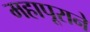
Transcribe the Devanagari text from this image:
महापूराने